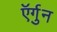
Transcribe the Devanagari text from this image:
ऍर्गुन